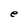
Character: e